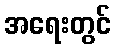
အရေးတွင်